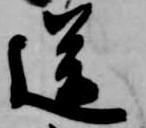
送